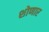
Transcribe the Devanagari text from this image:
शोणार